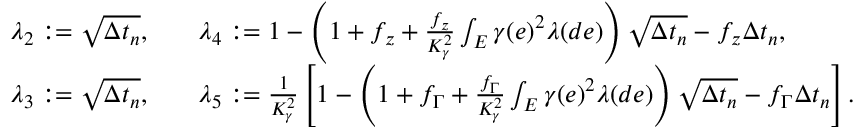
\begin{array} { r } { \begin{array} { r l r l r } & { \lambda _ { 2 } : = \sqrt { \Delta t _ { n } } , } & & { \lambda _ { 4 } : = 1 - \left( 1 + f _ { z } + \frac { f _ { z } } { K _ { \gamma } ^ { 2 } } \int _ { E } \gamma ( e ) ^ { 2 } \lambda ( d e ) \right) \sqrt { \Delta t _ { n } } - f _ { z } \Delta t _ { n } , } & \\ & { \lambda _ { 3 } : = \sqrt { \Delta t _ { n } } , } & & { \lambda _ { 5 } : = \frac { 1 } { K _ { \gamma } ^ { 2 } } \left[ 1 - \left( 1 + f _ { \Gamma } + \frac { f _ { \Gamma } } { K _ { \gamma } ^ { 2 } } \int _ { E } \gamma ( e ) ^ { 2 } \lambda ( d e ) \right) \sqrt { \Delta t _ { n } } - f _ { \Gamma } \Delta t _ { n } \right] . } & \end{array} } \end{array}